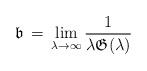
LaTeX: \begin{align*}\mathfrak{b} \, = \, \lim_{\lambda \to \infty} \frac{1}{\lambda \mathfrak{G}(\lambda)}\end{align*}